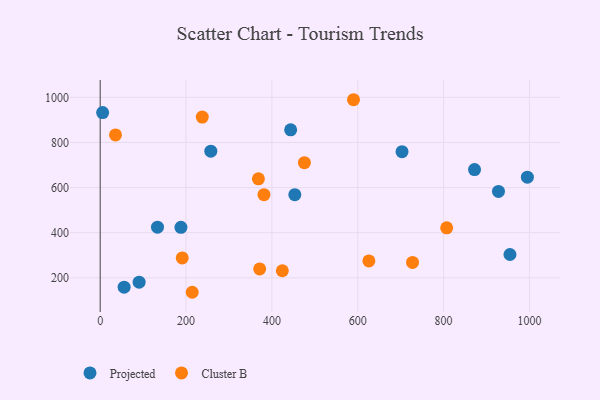
{"axis": {"x": "Speed", "y": "Demand"}, "legend": ["Cluster B", "Projected"], "data": [{"x": "927.8", "y": 582.8, "type": "Projected"}, {"x": "995.1", "y": 646.2, "type": "Projected"}, {"x": "133.5", "y": 424.5, "type": "Projected"}, {"x": "703.1", "y": 759.3, "type": "Projected"}, {"x": "443.7", "y": 856.1, "type": "Projected"}, {"x": "257.7", "y": 761.3, "type": "Projected"}, {"x": "55.8", "y": 158.7, "type": "Projected"}, {"x": "188.1", "y": 424.0, "type": "Projected"}, {"x": "453.4", "y": 568.4, "type": "Projected"}, {"x": "90.7", "y": 180.6, "type": "Projected"}, {"x": "954.5", "y": 303.4, "type": "Projected"}, {"x": "5.7", "y": 932.6, "type": "Projected"}, {"x": "872.0", "y": 679.6, "type": "Projected"}, {"x": "590.1", "y": 989.4, "type": "Cluster B"}, {"x": "368.6", "y": 638.8, "type": "Cluster B"}, {"x": "371.5", "y": 239.7, "type": "Cluster B"}, {"x": "475.7", "y": 710.4, "type": "Cluster B"}, {"x": "237.8", "y": 912.5, "type": "Cluster B"}, {"x": "381.5", "y": 568.4, "type": "Cluster B"}, {"x": "807.1", "y": 421.6, "type": "Cluster B"}, {"x": "35.7", "y": 833.4, "type": "Cluster B"}, {"x": "424.3", "y": 231.3, "type": "Cluster B"}, {"x": "727.6", "y": 268.4, "type": "Cluster B"}, {"x": "191.1", "y": 288.4, "type": "Cluster B"}, {"x": "214.4", "y": 136.0, "type": "Cluster B"}, {"x": "625.9", "y": 275.0, "type": "Cluster B"}]}